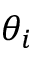
\theta _ { i }